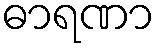
ဓာရဏာ